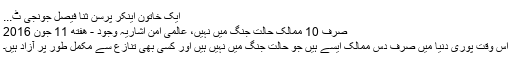
ایک خاتون اینکر پرسن ثنا فیصل جونجی ٹ...
صرف 10 ممالک حالت جنگ میں نہیں، عالمی امن اشاریہ وجود - هفته 11 جون 2016
اس وقت پوری دنیا میں صرف دس ممالک ایسے ہیں جو حالت جنگ میں نہیں ہیں اور کسی بھی تنازع سے مکمل طور پر آزاد ہیں۔